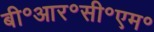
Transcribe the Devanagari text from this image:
बी॰आर॰सी॰एम॰